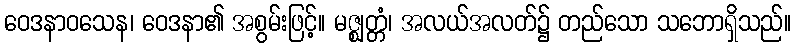
ဝေဒနာဝသေန၊ ဝေဒနာ၏ အစွမ်းဖြင့်။ မဇ္ဈတ္တံ၊ အလယ်အလတ်၌ တည်သော သဘောရှိသည်။